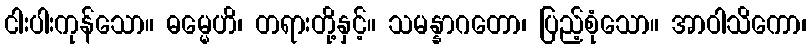
ငါးပါးကုန်သော။ ဓမ္မေဟိ၊ တရားတို့နှင့်။ သမန္နာဂတော၊ ပြည့်စုံသော။ အာဝါသိကော၊